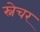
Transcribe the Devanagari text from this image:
स्नेचर